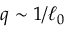
q \sim 1 / \ell _ { 0 }